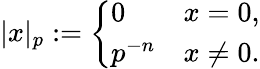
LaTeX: |x|_{p}:={\left\{ \begin{array}{ll}{0}&{x=0,}\\ {p^{-n}}&{x\neq 0.}\end{array}\right.}